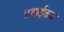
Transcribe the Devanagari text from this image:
हवाईतळ